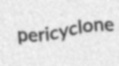
pericyclone